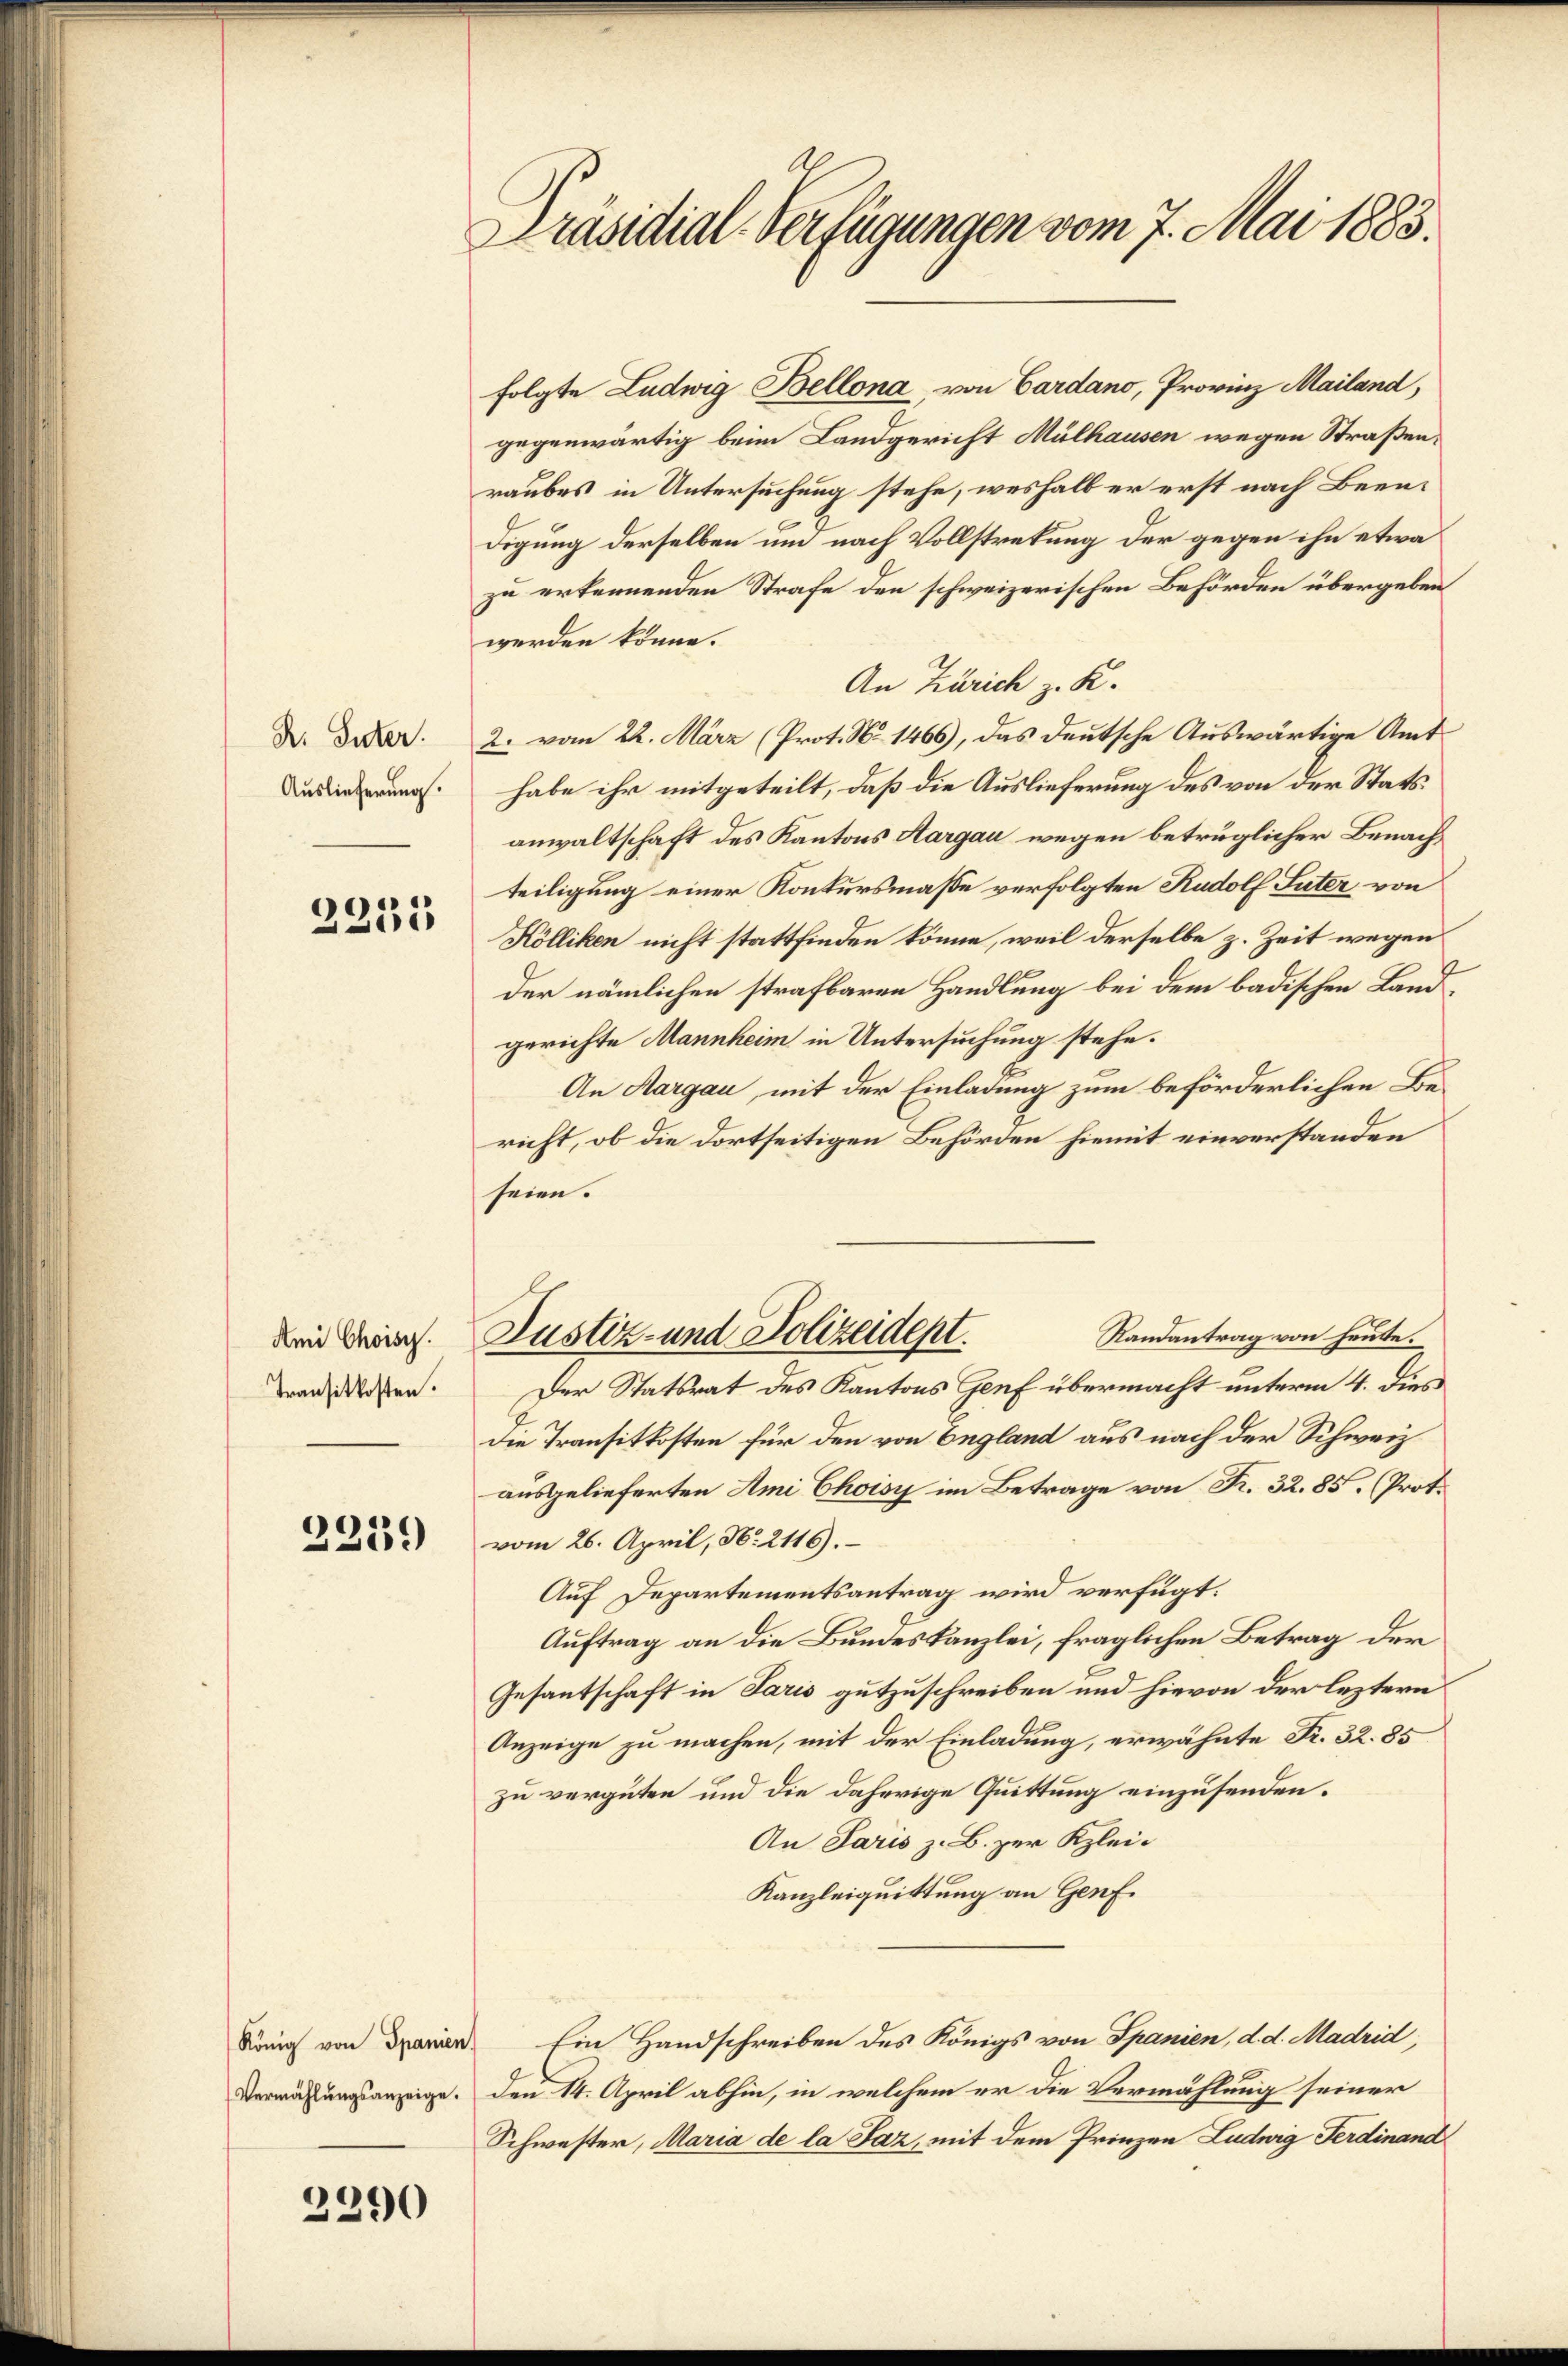
R. Suter.
Auslieferung.

2251

Ami Choisy.
Transitkosten.

2259

König von Spanien
Vermahlŭngsanzeige.

2290

Präsidial-Verfügungen vom 7. Mai 1883.

folgte Ludwig Bellona, von Cardano, Provinz Mailand,
gegenwärtig beim Landgericht Mülhausen wegen Straßenraubes in Untersuchung stehe, weshalb er erst nach Beendigung derselben um nach Vollstretung der gegen ihn etwa
zu erkennenden Strafe den schweizerischen Behörden übergeben
werden könne.
An Zürich z. K.
2. vom 22. März (Prot. No 1466), das deutsche Auswärtige Amt
habe ihr mitgeteilt, daß die Auslieferung des von der Statsanwaltschaft des Kantons Aargau wegen betrüglicher Benachteiligung einer Konkursmaße verfolgten Rudolf Suter von
Kölliken nicht stattfinden könne, weil derselbe z. Zeit wegen
der nämlichen strafbaren Handlung bei dem badischen Landgerichte Mannheim in Untersuchung stehe.
An Aargau, mit der Einladung zum beförderlichen Bericht, ob die dortseitigen Behörden hiemit einverstanden
seien.
Randantrag von heute.
Justiz- und Polizeidept.
Der Statsrat des Kantons Genf übermacht unterm 4. dies
Die Transitkosten für den von England aus nach der Schweiz
ausgelieferten Ami Choisi im Betrage von Fr. 32. 85. (Prot.
vom 26. April, No. 2116).
Auf Departementsantrag wird verfügt:
Auftrag an die Bundeskanzlei, fraglichen Betrag der
Gesantschaft in Paris gutzuschreiben und hievon der leztern
Anzeige zu machen, mit der Einladung, erwähnte Fr. 32. 85
zu vergüten und die daherige Quittung einzusenden.
An Paris z. B. zur Klei-
Kanzleiquittung an Genf.
Ein Handschreiben des Königs von Spanien, d. d. Madrid,
den 14. April abhin, in welchem er die Vermählung seiner
Schwester, Maria de la Jaz, mit dem Prinzen Ludwig Ferdinand